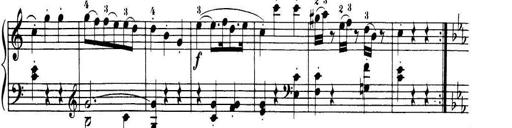
Title: 32 Sonatinas and Rondos for the Piano
Composer: Richard Kleinmichel